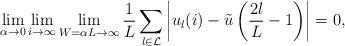
LaTeX: \begin{align*} \lim_{\alpha\to0}\lim_{i\to\infty}\lim_{W=\alpha L\to\infty}\frac{1}{L}\sum_{l\in\mathcal{L}}\left| u_{l}(i) - \tilde{u}\left( \frac{2l}{L}-1 \right)\right|=0, \end{align*}